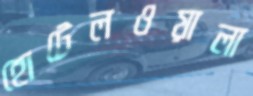
হোটেলওয়ালা